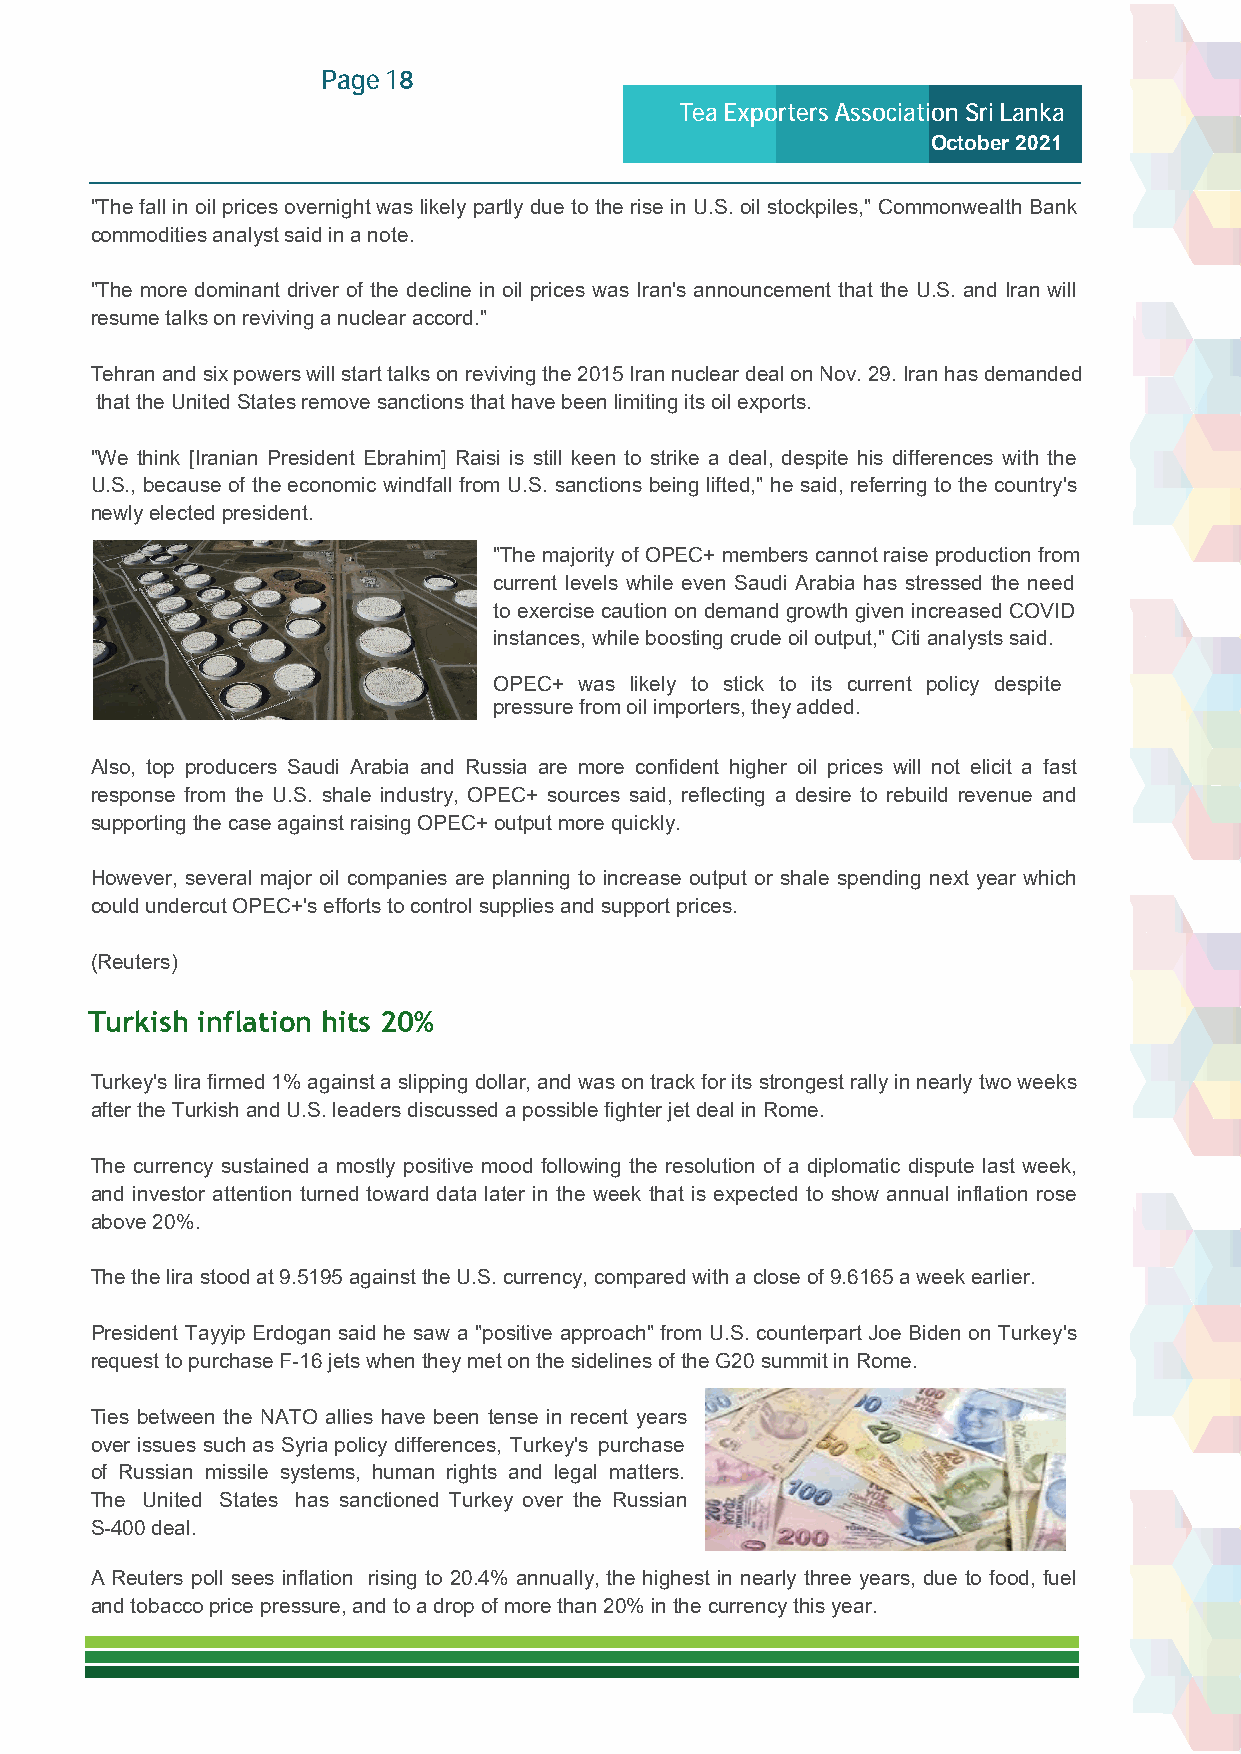
Page 18
 Tea Exporters Association Sri Lanka
 October 2021
 "The fall in oil prices overnight was likely partly due to the rise in U.S. oil stockpiles," Commonwealth Bank
 commodities analyst said in a note.
 "The more dominant driver of the decline in oil prices was Iran's announcement that the U.S. and Iran will
 resume talks on reviving a nuclear accord."
 Tehran and six powers will start talks on reviving the 2015 Iran nuclear deal on Nov. 29. Iran has demanded
 that the United States remove sanctions that have been limiting its oil exports.
 "We think [Iranian President Ebrahim] Raisi is still keen to strike a deal, despite his differences with the
 U.S., because of the economic windfall from U.S. sanctions being lifted," he said, referring to the country's
 newly elected president.
 "The majority of OPEC+ members cannot raise production from
 current levels while even Saudi Arabia has stressed the need
 to exercise caution on demand growth given increased COVID
 instances, while boosting crude oil output," Citi analysts said.
 OPEC+ was likely to stick to its current policy despite
 pressure from oil importers, they added.
 Also, top producers Saudi Arabia and Russia are more confident higher oil prices will not elicit a fast
 response from the U.S. shale industry, OPEC+ sources said, reflecting a desire to rebuild revenue and
 supporting the case against raising OPEC+ output more quickly.
 However, several major oil companies are planning to increase output or shale spending next year which
 could undercut OPEC+'s efforts to control supplies and support prices.
 (Reuters)
 Turkish inflation hits 20%
 Turkey's lira firmed 1% against a slipping dollar, and was on track for its strongest rally in nearly two weeks
 after the Turkish and U.S. leaders discussed a possible fighter jet deal in Rome.
 The currency sustained a mostly positive mood following the resolution of a diplomatic dispute last week,
 and investor attention turned toward data later in the week that is expected to show annual inflation rose
 above 20%.
 The the lira stood at 9.5195 against the U.S. currency, compared with a close of 9.6165 a week earlier.
 President Tayyip Erdogan said he saw a "positive approach" from U.S. counterpart Joe Biden on Turkey's
 request to purchase F-16 jets when they met on the sidelines of the G20 summit in Rome.
 Ties between the NATO allies have been tense in recent years
 over issues such as Syria policy differences, Turkey's purchase
 of Russian missile systems, human rights and legal matters.
 The United States has sanctioned Turkey over the Russian
 S-400 deal.
 A Reuters poll sees inflation rising to 20.4% annually, the highest in nearly three years, due to food, fuel
 and tobacco price pressure, and to a drop of more than 20% in the currency this year.